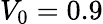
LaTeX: V_{0}=0.9